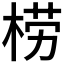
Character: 𣓿